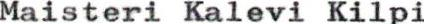
Maisteri Kalevi Kilpi